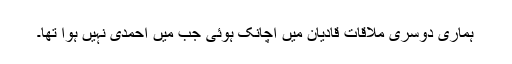
ہماری دوسری ملاقات قادیان میں اچانک ہوئی جب مَیں احمدی نہیں ہوا تھا۔